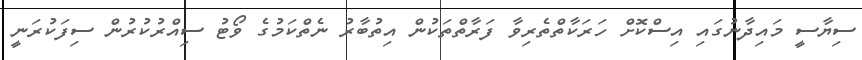
ސިޔާސީ މައިދާނުގައި އިސްކޮށް ހަރަކާތްތެރިވާ ފަރާތްތަކުން އިތުބާރު ނެތްކަމުގެ ވޯޓު ސިއްރުކުރުން ސިފަކުރަނީ